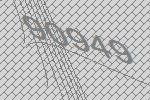
90949